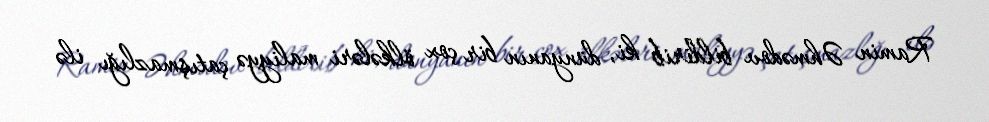
Ramin Əhmədov bildirib ki, dünyanın bir çox ölkələri maliyyə çatışmazlığı ilə